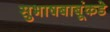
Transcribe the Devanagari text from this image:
सुभाषबाबूंकडे